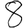
Digit: 8